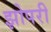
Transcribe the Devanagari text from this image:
झोपरी